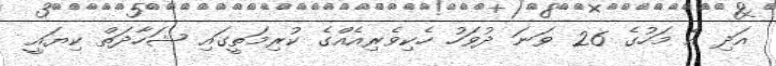
އަދި އެ މަހުގެ 26 ވަނަ ދުވަހު ހެކިވެރިއެއްގެ ކުރިމަތީގައި ޝަހާދަތް ކިޔައީ